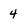
Character: 4